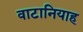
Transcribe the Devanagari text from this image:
वाटानियाह